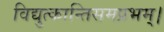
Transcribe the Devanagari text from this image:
विद्युत्कान्तिसमप्रभम्।